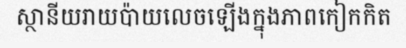
ស្ថានីយរាយប៉ាយលេចឡើងក្នុងភាពកៀកកិត